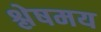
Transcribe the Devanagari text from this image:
श्लेषमय